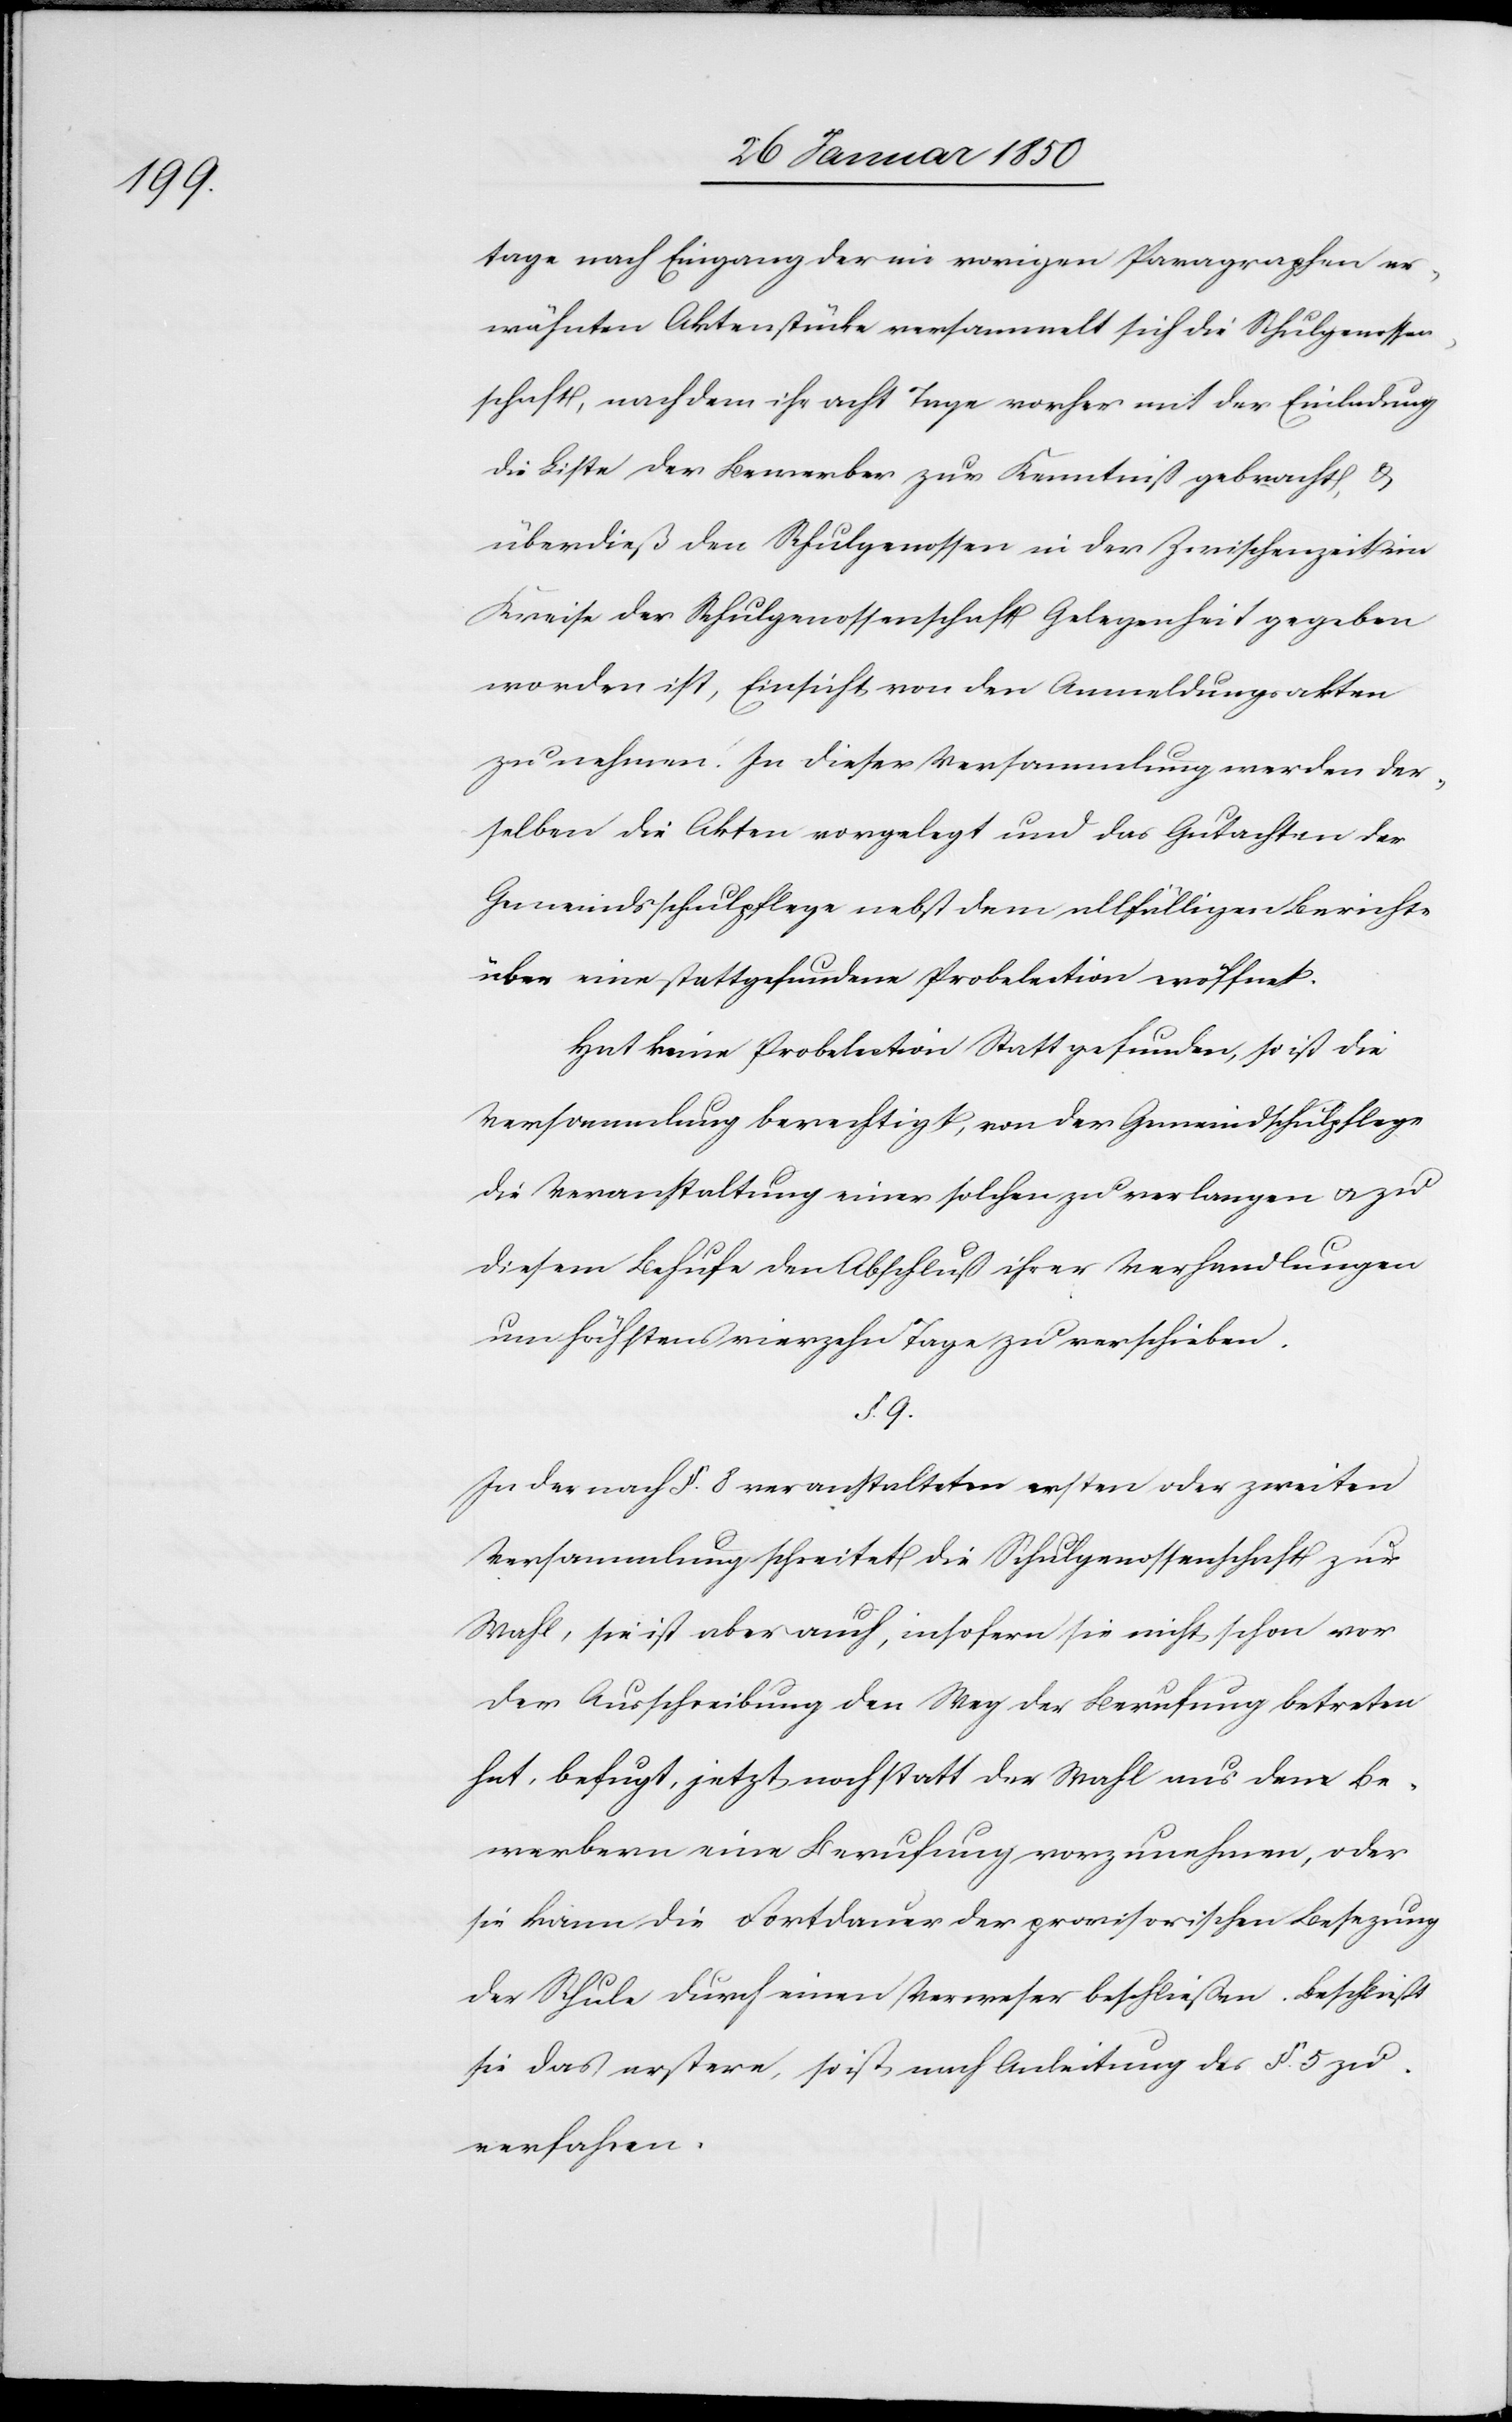
tage nach Eingang der im vorigen Paragraphen er¬
wähnten Aktenstücke versammelt sich die Schulgenossen¬
schaft, nachdem ihr acht Tage vorher mit der Einladung
die Liste der Bewerber zur Kenntniß gebracht u.
überdieß den Schulgenossen in der Zwischenzeit im
Kreise der Schulgenossenschaft Gelegenheit gegeben
worden ist, Einsicht von den Anmeldungsakten
zu nehmen. In dieser Versammlung werden der¬
selben die Akten vorgelegt und das Gutachten der
Gemeindsschulpflege nebst dem allfälligen Berichte
über eine stattgefundene Probelektion eröffnet.
Hat keine Probelektion Statt gefunden, so ist die
Versammlung berechtigt, von der Gemeindschulpflege
die Veranstaltung einer solchen zu verlangen u. zu
diesem Behufe den Abschluß ihrer Verhandlungen
um höchstens vierzehn Tage zu verschieben.
§. 9.
In der nach §. 8 veranstalteten ersten oder zweiten
Versammlung schreitet die Schulgenossenschaft zur
Wahl, sie ist aber auch, insofern sie nicht schon vor
der Ausschreibung den Weg der Berufung betreten
hat, befugt, jetzt noch statt der Wahl aus den Be¬
werbern eine Berufung vorzunehmen, oder
sie kann die Fortdauer der provisorischen Besetzung
der Schule durch einen Verweser beschließen. Beschließt
sie das erstere, so ist nach Anleitung des §. 5 zu
verfahren.